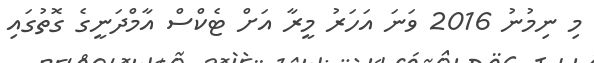
މި ނިމުނު 2016 ވަނަ އަހަރު މީރާ އަށް ޓެކްސް އާމްދަނީގެ ގޮތުގައި